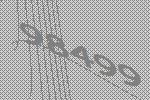
98499